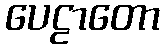
ပေဠာတော